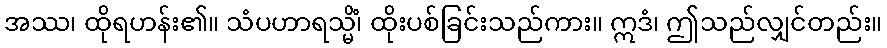
အဿ၊ ထိုရဟန်း၏။ သံပဟာရသ္မိံ၊ ထိုးပစ်ခြင်းသည်ကား။ ဣဒံ၊ ဤသည်လျှင်တည်း။